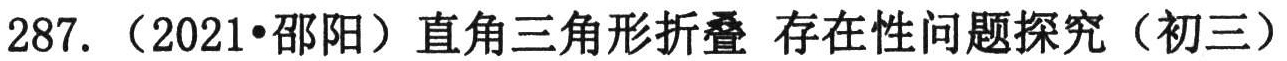
287.（2021•邵阳）直角三角形折叠 存在性问题探究（初三）